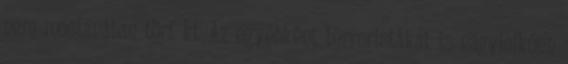
nem mostanában tört ki. Az egyébként terroristákat is nagylelkűen